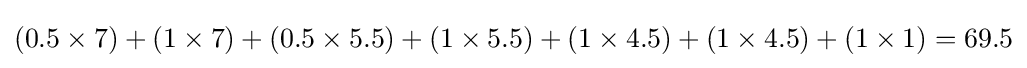
(0.5\times 7)+(1\times 7)+(0.5\times 5.5)+(1\times 5.5)+(1\times 4.5)+(1\times 4.5)+(1\times 1)=69.5